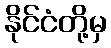
နိုင်ငံတို့မှ